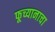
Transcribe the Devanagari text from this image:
फूच्यानाचा